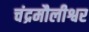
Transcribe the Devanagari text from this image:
चंद्रमौलीश्वर